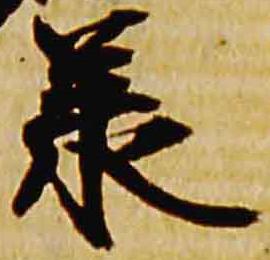
承